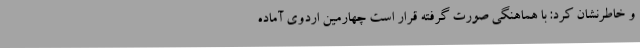
و خاطرنشان کرد: با هماهنگی صورت گرفته قرار است چهارمین اردوی آماده